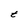
Character: t